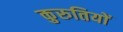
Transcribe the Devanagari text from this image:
कुरुतियों